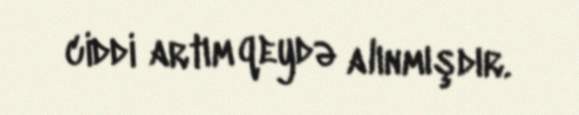
ciddi artım qeydə alınmışdır.